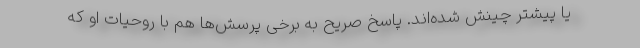
یا پیشتر چینش شده‌اند. پاسخ صریح به برخی پرسش‌ها هم با روحیات او که